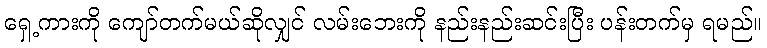
ရှေ့ကားကို ကျော်တက်မယ်ဆိုလျှင် လမ်းဘေးကို နည်းနည်းဆင်းပြီး ပန်းတက်မှ ရမည်။